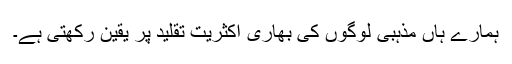
ہمارے ہاں مذہبی لوگوں کی بھاری اکثریت تقلید پر یقین رکھتی ہے۔